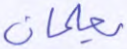
يعلمان